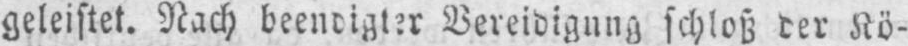
geleistet. Nach beendigter Vereidigung schloß der Kö-